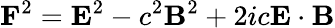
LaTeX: \mathbf{F}^{2}=\mathbf{E}^{2}-c^{2}\mathbf{B}^{2}+2ic\mathbf{E}\cdot\mathbf{B}